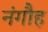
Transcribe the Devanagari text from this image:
नंगौह